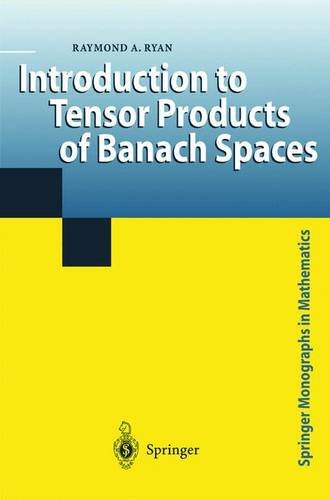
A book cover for Introduction to Tensor Products of Banach Spaces; Raymond A. Ryan; Science & Math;